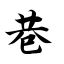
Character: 巷